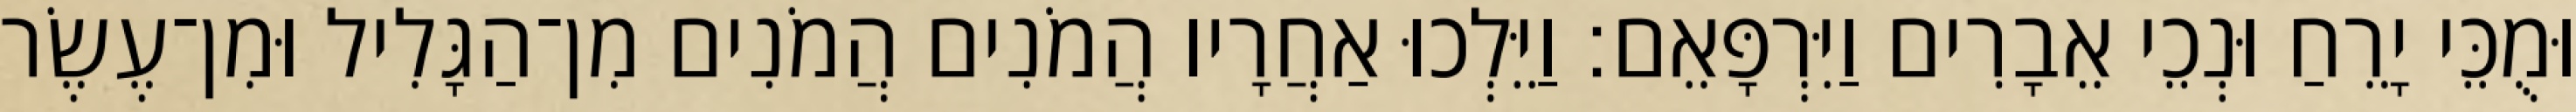
וּמֻכֵּי יָרֵחַ וּנְכֵי אֵבָרִים וַיִּרְפָּאֵם׃ וַיֵּלְכוּ אַחֲרָיו הֲמֹנִים הֲמֹנִים מִן־הַגָּלִיל וּמִן־עֶשֶׂר